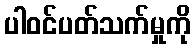
ပါဝင်ပတ်သက်မှုကို